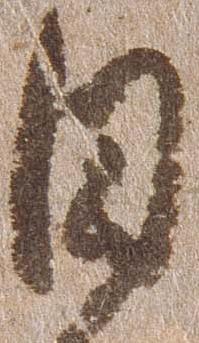
日